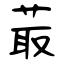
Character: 菆